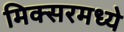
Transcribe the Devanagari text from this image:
मिक्‍सरमध्ये